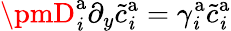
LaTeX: \pmD_{\mathit{i}}^{\mathrm{{a}}}\partial_{y}\tilde{{c}}_{\mathit{i}}^{\mathrm{{a}}}=\gamma_{\mathit{i}}^{\mathrm{{a}}}\tilde{{c}}_{\mathit{i}}^{\mathrm{{a}}}